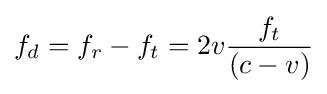
f_{d}=f_{r}-f_{t}=2v{\frac {f_{t}}{(c-v)}}